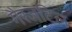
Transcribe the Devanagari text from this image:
गैरजटिल